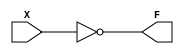
`timescale 1 ns/1 ns

module Inv(X, F);
    
   input X;
   output F;
   reg F;

   always @(X) begin
	   F <= ~X;
   end				    

endmodule